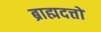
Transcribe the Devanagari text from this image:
ब्राह्मदत्तों